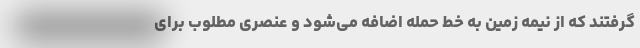
گرفتند که از نیمه زمین به خط حمله اضافه می‌شود و عنصری مطلوب برای